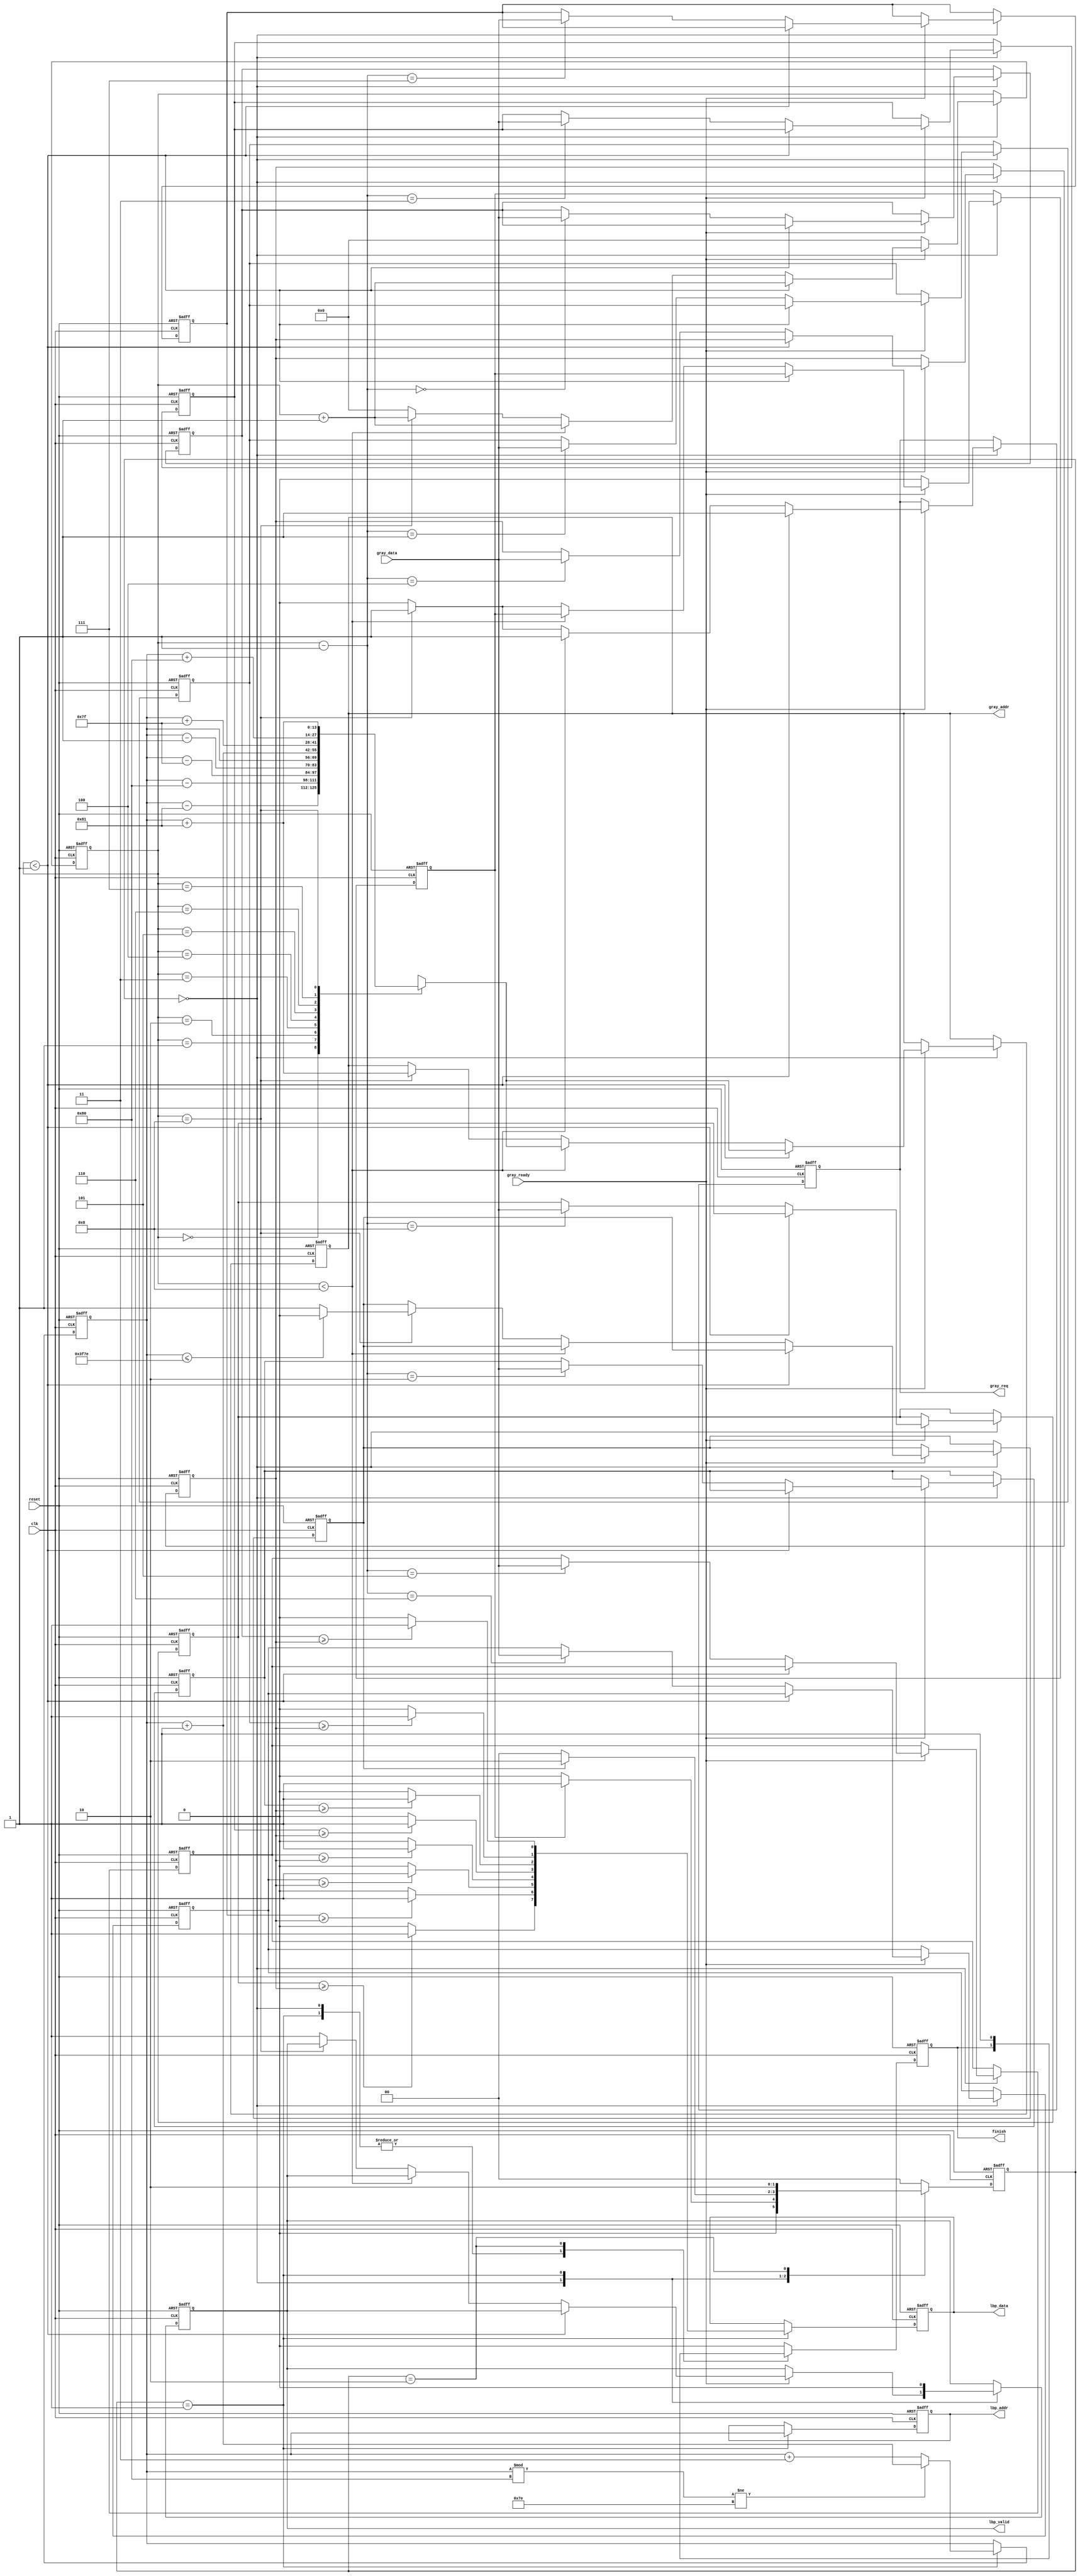
`timescale 1ns/10ps

module LBP ( clk, reset, gray_addr, gray_req, gray_ready, gray_data, lbp_addr, lbp_valid, lbp_data, finish);
input clk;
input reset;
output reg [13:0] gray_addr;
output reg        gray_req;
input gray_ready;
input [7:0] gray_data;
output reg [13:0] lbp_addr;
output reg	lbp_valid;
output reg [7:0] lbp_data;
output reg	finish;
//====================================================================
reg [1:0] state_cur,state_nxt;
parameter READ = 3'd0;
parameter WRITE = 3'd1;
parameter DONE = 3'd2;
//==================================================================== READ
reg [13:0] curpoint;
reg [3:0] counter;
reg readflag;

//==================================================================== READ
reg writeflag;

//==================================================================== addr
wire [13:0] addr [8:0];
assign addr[0] = curpoint - 129;
assign addr[1] = curpoint - 128;
assign addr[2] = curpoint - 127;
assign addr[3] = curpoint - 1;
assign addr[4] = curpoint;
assign addr[5] = curpoint + 1;
assign addr[6] = curpoint + 127;
assign addr[7] = curpoint + 128;
assign addr[8] = curpoint + 129;
//==================================================================== MAIN FUNCTION
integer i;
reg [7:0] square [8:0];
wire [7:0] LBPvalue;
assign LBPvalue[0] = ( square[0] >= square[4] ) ? 1'b1 : 1'b0;
assign LBPvalue[1] = ( square[1] >= square[4] ) ? 1'b1 : 1'b0; 
assign LBPvalue[2] = ( square[2] >= square[4] ) ? 1'b1 : 1'b0; 
assign LBPvalue[3] = ( square[3] >= square[4] ) ? 1'b1 : 1'b0; 
assign LBPvalue[4] = ( square[5] >= square[4] ) ? 1'b1 : 1'b0; 
assign LBPvalue[5] = ( square[6] >= square[4] ) ? 1'b1 : 1'b0; 
assign LBPvalue[6] = ( square[7] >= square[4] ) ? 1'b1 : 1'b0;
assign LBPvalue[7] = ( square[8] >= square[4] ) ? 1'b1 : 1'b0;
//====================================================================
always@(posedge clk or posedge reset)
begin
  if(reset)
  begin
    gray_addr <= 14'b0;
    gray_req <= 1'b0;
    lbp_addr <= 14'b0;
    lbp_valid <= 1'b0;
    lbp_data <= 8'b0;
    finish <= 1'b0;
    
    state_cur <= READ;
    
    for( i = 0; i <= 8; i = i + 1 )
    begin
      square[i] <= 8'b0;
    end
  
    readflag <= 1'b0;
    writeflag <= 1'b0;
    curpoint <= 14'd129;
    counter <= 4'b0;
  end
  else
  begin
    state_cur <= state_nxt;
      
    case(state_cur) 
    READ:
    begin
      if(gray_ready)
      begin
        gray_req <= 1'b1;
        counter <= counter + 1;
        
        if( counter < 1 )
        begin
          gray_addr <= addr[counter];
        end
        else if ( counter < 8 )
        begin
          gray_addr <= addr[counter];
          square[counter - 1] <= gray_data;
        end    
        else if ( counter == 8 )
        begin
          gray_addr <= addr[counter];
          square[counter - 1] <= gray_data;
          readflag <= 1'b1;
          if( curpoint <= 16254 )
          begin
            writeflag <= 1'b0;  
          end
          else
          begin
            writeflag <= 1'b1;
          end              
        end 
        else
        begin
          square[counter - 1] <= gray_data;
          readflag <= 1'b0;
          gray_req <= 1'b0;
          counter <= 4'd0;
          lbp_valid <= 1'b1;          
        end
      end
      else
      begin
        counter <= 4'b0;
        readflag <= 1'b0;
      end  
    end
    
    WRITE:
    begin
      lbp_valid <= 1'b0;
      lbp_addr <= curpoint;
      lbp_data <= LBPvalue;
      if( curpoint % 128 != 126 )
      begin
        curpoint <= curpoint + 1;
      end
      else
      begin
        curpoint <= curpoint + 3;        
      end      
    end
    
    DONE:
    begin
      finish <= 1'b1;
    end
    
    default:
    begin
      finish <= 1'b0;
    end
    endcase
  end
end

always@(*)
begin
  case(state_cur)
  
  READ:
  begin
    if(!readflag)
    begin
      state_nxt = READ;
    end
    else
    begin
      state_nxt = WRITE; 
    end
  end
  
  WRITE:
  begin
    if(!writeflag)
    begin
      state_nxt = READ;
    end
    else
    begin
      state_nxt = DONE; 
    end
  end
  
  DONE:
  begin
    state_nxt = DONE;
  end
  
  default:
  begin
    state_nxt = READ;
  end
  
  endcase
end
//====================================================================
endmodule